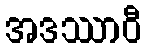
အဒဿာဝီ